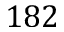
1 8 2